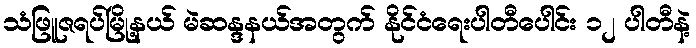
သံဖြူဇရပ်မြို့နယ် မဲဆန္ဒနယ်အတွက် နိုင်ငံရေးပါတီပေါင်း ၁၂ ပါတီနဲ့